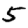
Digit: 5